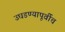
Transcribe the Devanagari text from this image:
उघडण्यापूर्वीच